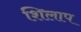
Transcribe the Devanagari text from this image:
शिलाप